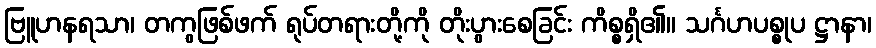
ဗြူဟနရသာ၊ တကွဖြစ်ဖက် ရုပ်တရားတို့ကို တိုးပွားစေခြင်း ကိစ္စရှိ၏။ သင်္ဂဟပစ္စုပ ဋ္ဌာနာ၊